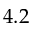
4 . 2